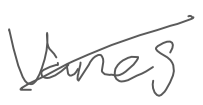
Text: vanes
Cross-out: diagonal
Writing tool: digital_gray